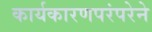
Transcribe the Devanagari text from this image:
कार्यकारणपरंपरेने